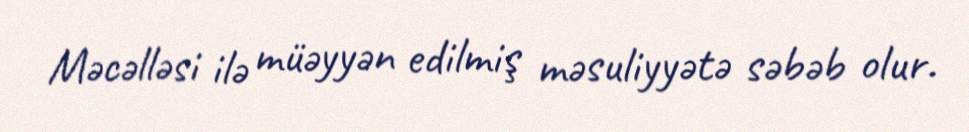
Məcəlləsi ilə müəyyən edilmiş məsuliyyətə səbəb olur.